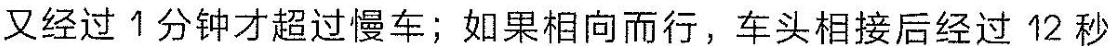
又经过1分钟才超过慢车；如果相向而行，车头相接后经过12秒